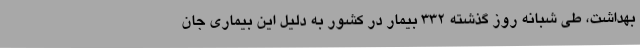
بهداشت، طی شبانه روز گذشته ۳۳۲ بیمار در کشور به دلیل این بیماری جان